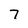
Character: 7